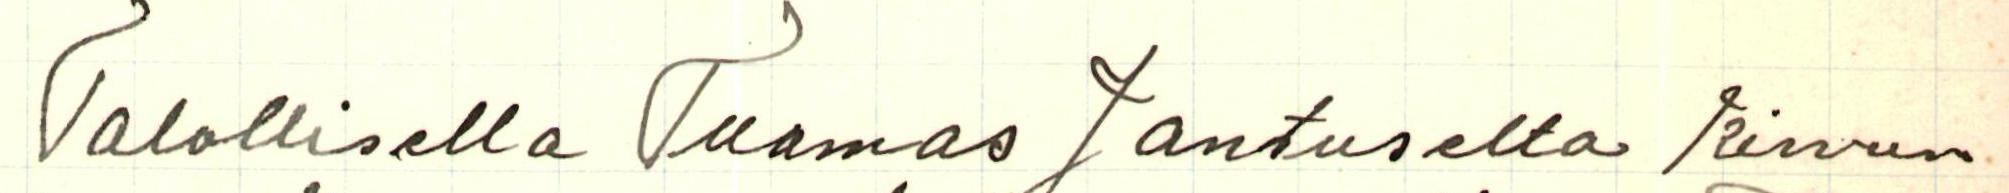
Talollisella Tuomas Jantuselta Kirvun